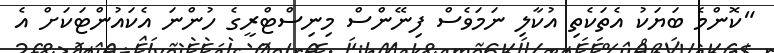
"ކޮންމެ ބަޔަކު އެތަކެތި އުކާލި ނަމަވެސް ފިނޭންސް މިނިސްޓްރީގެ ހުންނަ އެކައުންޓަކަށް އެ